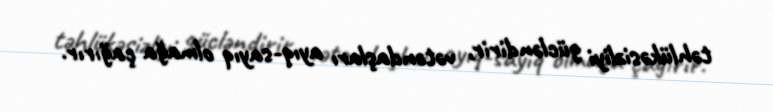
təhlükəsizliyi gücləndirir, vətəndaşları ayıq-sayıq olmağa çağırır.